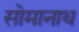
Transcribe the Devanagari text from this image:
सोमानाथ